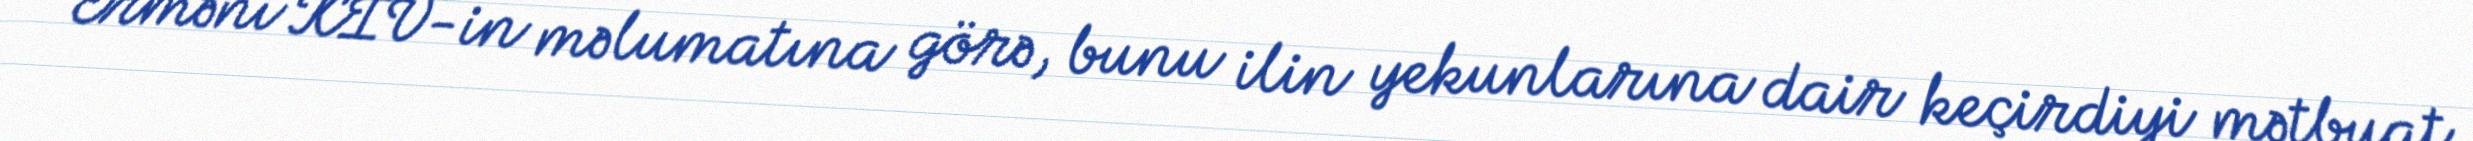
Erməni KİV-in məlumatına görə, bunu ilin yekunlarına dair keçirdiyi mətbuat